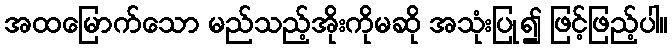
အထမြောက်သော မည်သည့်အိုးကိုမဆို အသုံးပြု၍ ဖြင့်ဖြည့်ပါ။